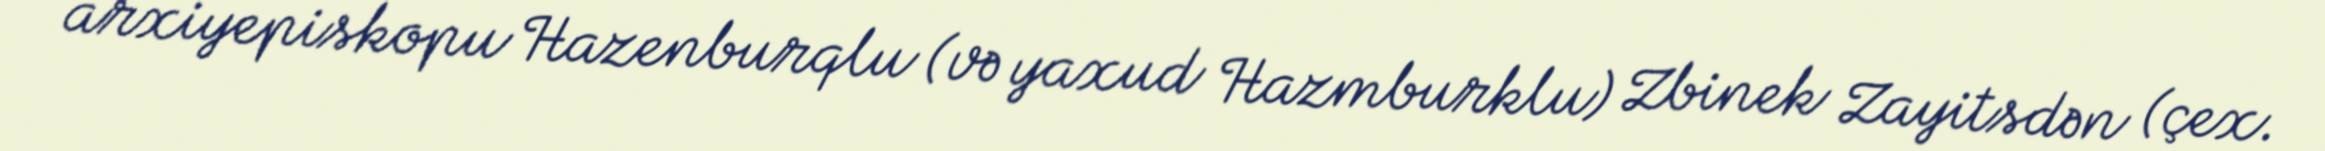
arxiyepiskopu Hazenburqlu (və yaxud Hazmburklu) Zbinek Zayitsdən (çex.